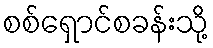
စစ်ရှောင်စခန်းသို့